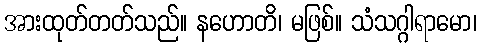
အားထုတ်တတ်သည်။ နဟောတိ၊ မဖြစ်။ သံသဂ္ဂါရာမော၊